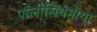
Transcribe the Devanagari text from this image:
पॉलीसिंथेमीया